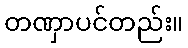
တဏှာပင်တည်း။